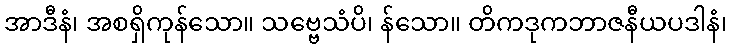
အာဒီနံ၊ အစရှိကုန်သော။ သဗ္ဗေသံပိ၊ န်သော။ တိကဒုကဘာဇနီယပဒါနံ၊